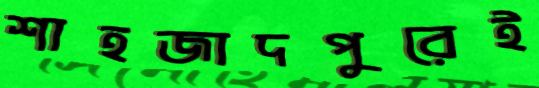
শাহজাদপুরেই